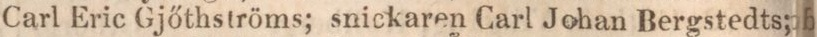
Carl Eric Gjöthströms; snickaren Carl Johan Bergstedts;